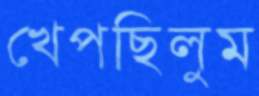
খেপছিলুম